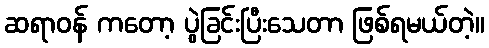
ဆရာဝန် ကတော့ ပွဲခြင်းပြီးသေတာ ဖြစ်ရမယ်တဲ့။